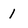
Character: 1